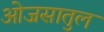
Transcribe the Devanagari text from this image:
ओजसातुल